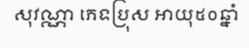
សុវណ្ណា ភេទប្រុស អាយុ៥០ឆ្នាំ